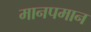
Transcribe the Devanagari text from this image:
मानपमान